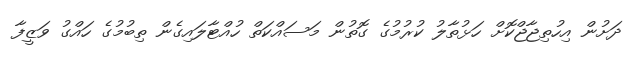
ދަށުން އިހުތިޖާޖްކޮށް ހަޅުތާލު ކުރުމުގެ ގޮތުން މަސައްކަތް ހުއްޓާލައިގެން ތިބުމުގެ ހައްގު ވަޒީފާ